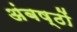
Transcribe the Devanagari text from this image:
अंबष्ठों